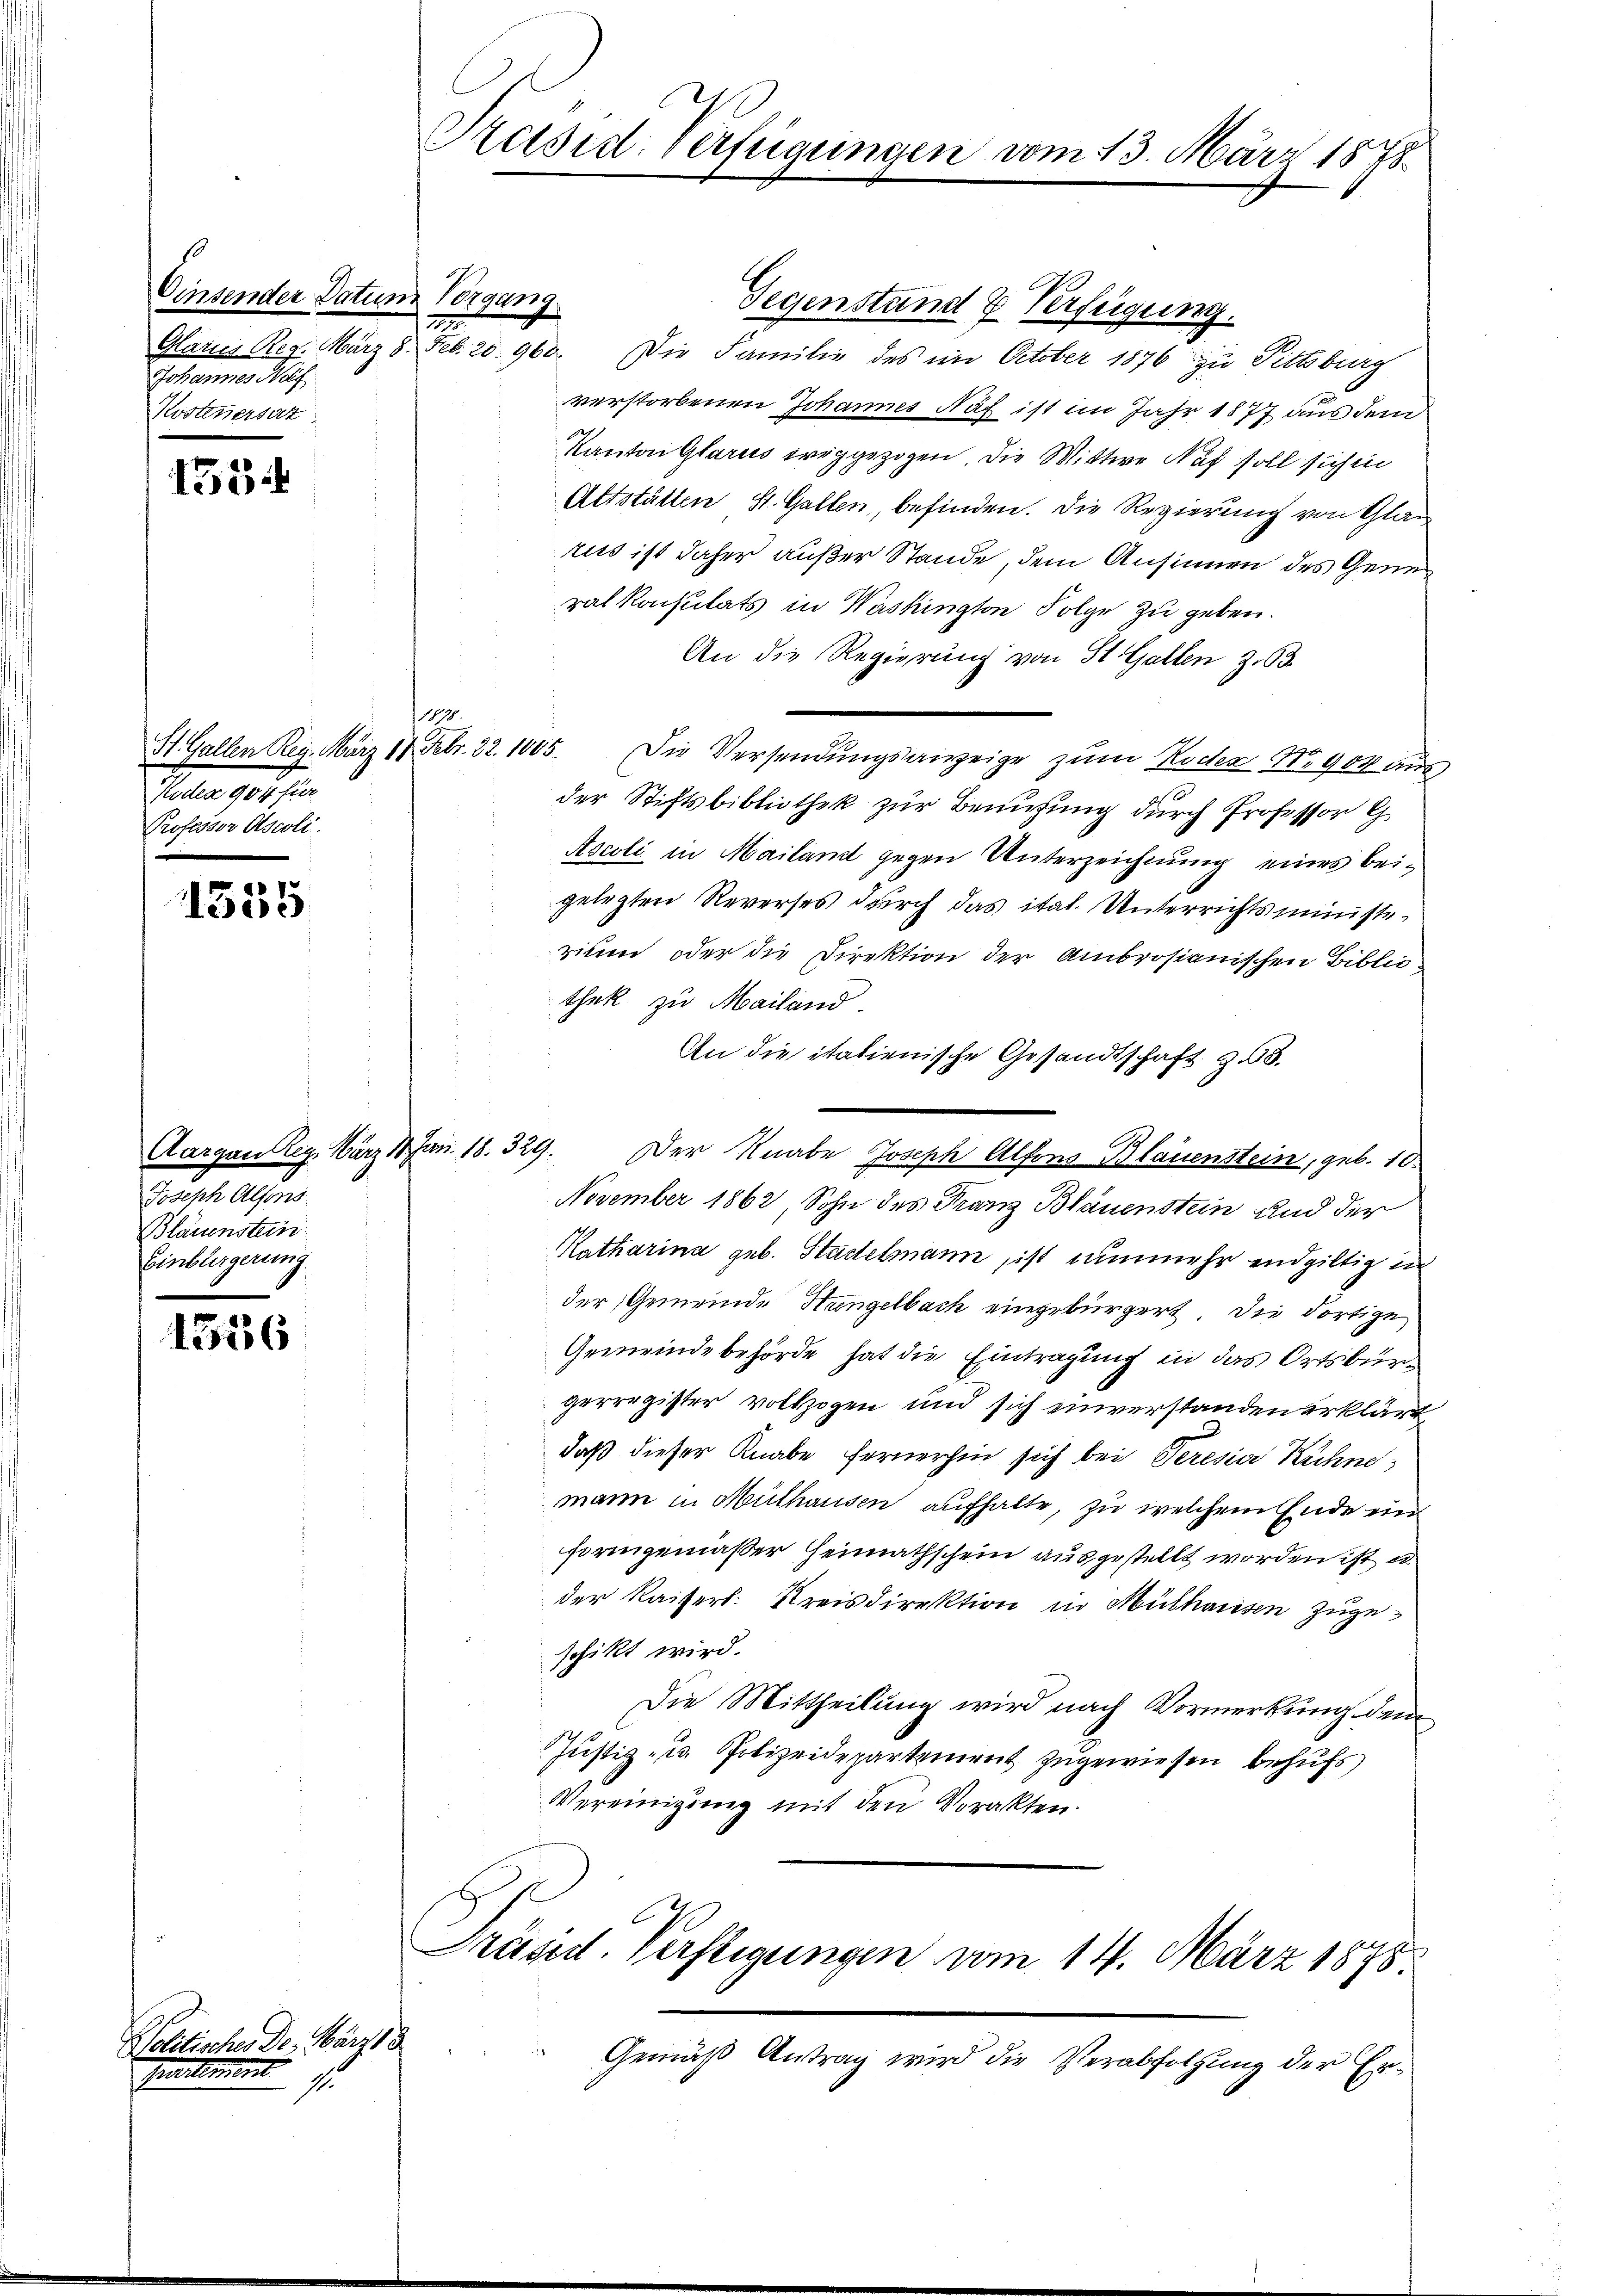
Einsender Datum Vorgang
Glarus Reg. März 8. Feb. 20. 960.
Johannes Haf
Kostenersat

155

ale. 101 f.
Professor Ascoli.

1555

Joseph Alfons
Bläuenstein
Einbürgerung.

1556

Politische Dr. März 18
Hittment

Präsid. Verfügungen vom 13. März 1878

22.

Gegenstand & Verfügung.
Die Familie des im October 1876 zu Pittsburg
verstorbenen Johannes Näf ist im Jahr 1877 aus dem
Kanton Glarus weggezogen, die Wittwe Nach soll sichen
Altstätten St. Gallen, befinden. Die Regierung von Glan
rus ist daher außer Stande, dem Ansinnen des Gener
ralkonsulats in Washington Folge zu geben.
An die Regierung von St. Gallen Z. 63.
St. Gallen Reg. März 18. Febr. 22. 1005. Die Versendŭngsanzeige zum Roden No 904 aus
der Stiftsbibliothek zur Berufung durch Professor G.
Ascoli in Mailant gegen Unterzeichnung eines beigelegten Reverses durch das ital. Unterrichtsministeritum oder die Direktion der Ambrosianischen Bibliothek zu Mailand
An die italienische Gesandtschaft z. 63.
Aargau Reg. März 17 Jun. 18. 329. Der Knabe Joseph Alfons Blauenstein, geb. 10.
November 1862, Sohn des Franz Bläuenstein und der
Katharina geb. Stadelmann ist nunmehr endgültig in
der Gemeinde Heingelbach eingebürgert. Die dortige
Gemeindebehörde hat die Eintragung in das Ortsbürg
gerregister vollzogen und sich einverstanden erklärt,
daß dieser Knabe fernerhin sich bei Seresia Rühne
mann in Mülhausen aufhalte, zu welchem Ende ein
.
formgemäßer Heimathschein ausgestellt worden ist, u.
der Kaisert: Kreisdirektion in Mülhausen zugeschikt wird.
Die Mittheilung wird nach Vormerkung dem
Justiz- u. Polizeidepartement zugewiesen behufs
Vereinigung mit den Vorakten.
Präsid. Verfligungen vom 14. März 1875.
Gemäß Antrag wird die Verabfolgung der Er¬

187